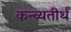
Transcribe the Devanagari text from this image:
कन्व्यतीर्थ